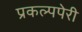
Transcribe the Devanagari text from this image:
प्रकल्पपेरी